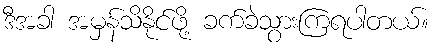
ဒီအခါ အမှန်သိနိုင်ဖို့ ခက်ခဲသွားကြရပါတယ်။